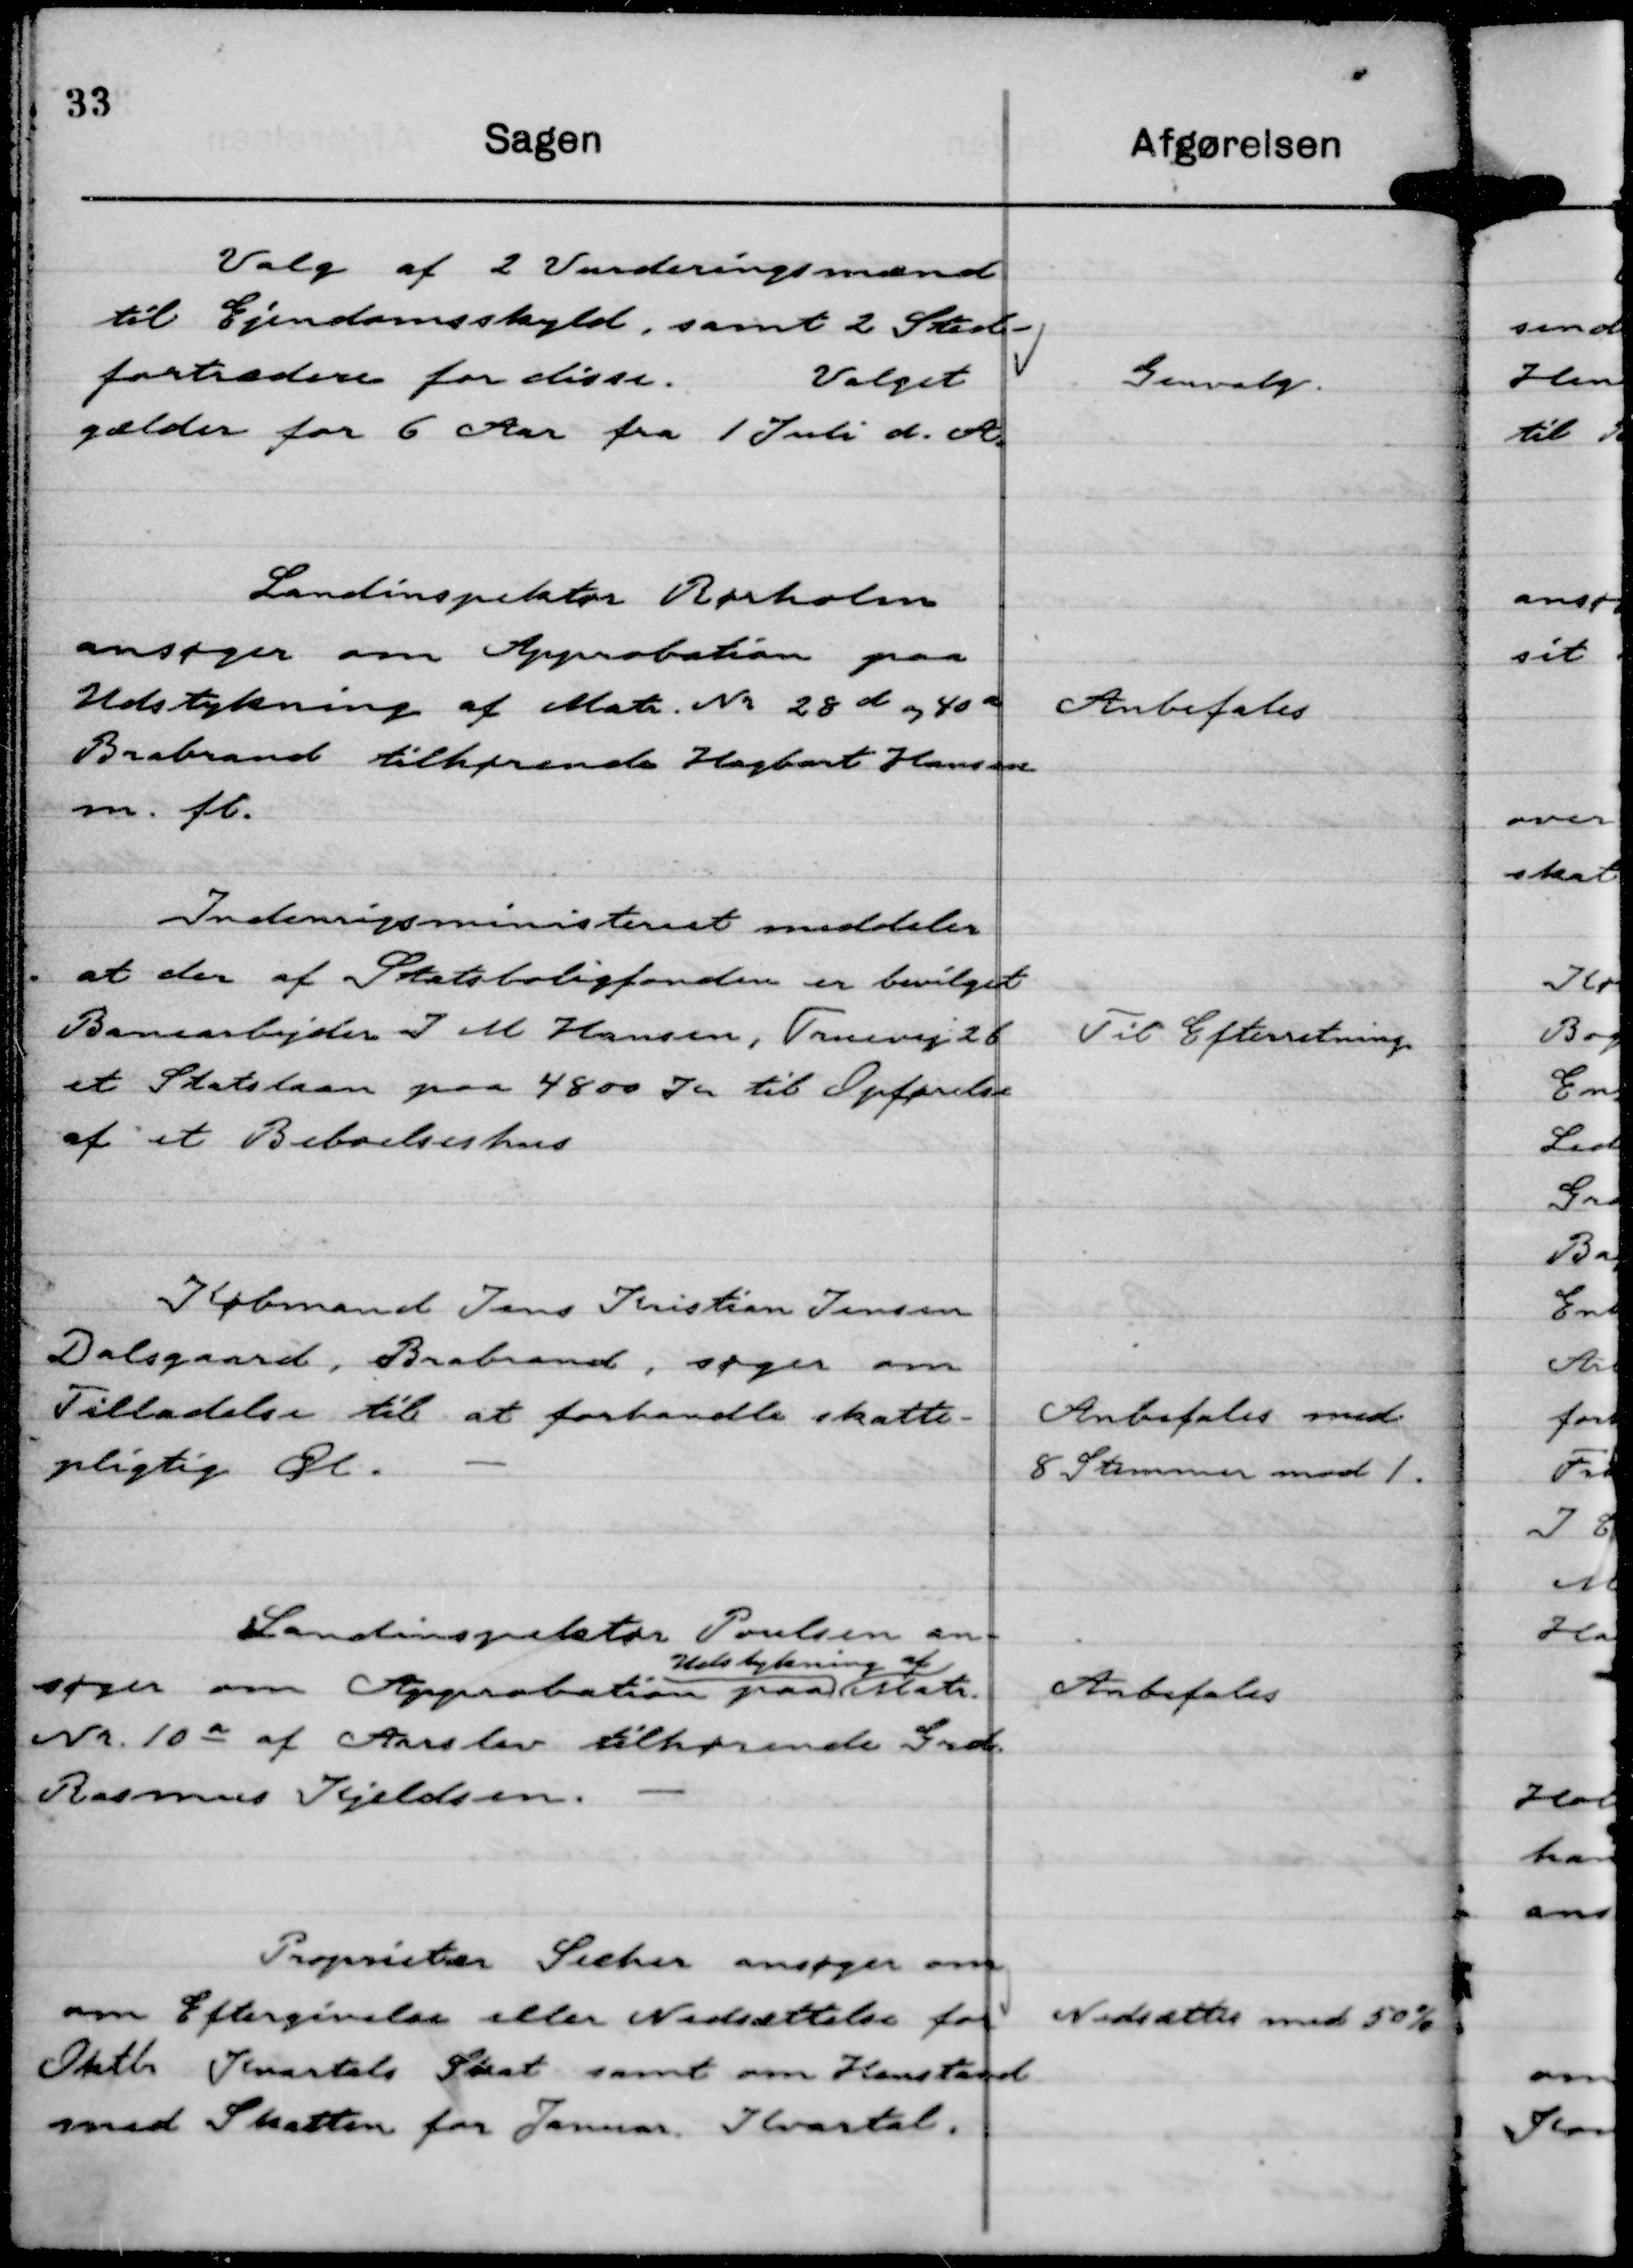
Transskription:
Valg af 2 Vurderingsmænd
til Ejendomsskyld, samt 2 Sted-
fortrædere for disse.
Valget
gælder for 6 Aar fra 1 Juli d. A.

Genvalg.

Landinspektør Rørholm
ansøger om Approbation paa
Udstykning af Matr. Nr 28 d og 40 a
Brabrand tilhørende Hagbart Hansen
m. fl.

Anbefales

Indenrigsministeriet meddeler
at der af Statsboligfonden er bevilget
Banearbejder J M Hansen, Truevej 26
et Statslaan paa 4800 Kr til Opførelse
af et Beboelseshus

Til Efterretning

Købmand Jens Kristian Jensen
Dalsgaard, Brabrand, søger om
Tilladelse til at forhandle skatte-
pligtig Øl.

Anbefales med
8 Stemmer mod 1.

Landinspektør Poulsen an-
søger om Approbation paa
Udstykning af
Matr.
Nr 10 a af Aarslev tilhørende Grd.
Rasmus Kjeldsen.

Anbefales

Proprietær Secher ansøger om
om Eftergivelse eller Nedsættelse for
Oktbr Kvartals Skat samt om Henstand
med Skatten for Januar Kvartal.

Nedsættes med 50 %